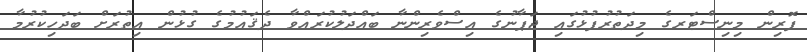
ފޮރިން މިނިސްޓަރގެ މިދަތުރުފުޅުގައި ޖަޕާނުގެ އިސްވެރިންނާ ބައްދަލުކުރައްވާ ދެޤައުމުގެ ގުޅުން އިތުރަށް ބަދަހިކުރުމާ